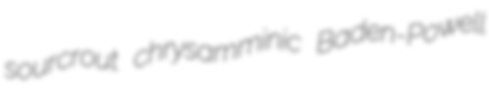
sourcrout chrysamminic Baden-Powell